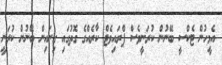
އެމީހުން ޓެކްސީ ބޭނުން ކުރަނީވެސް ޕްރައިވެޓް ކާރެއްގެ ގޮތުގައި ގިނައިން ބޭނުން ކުރަނީ